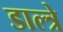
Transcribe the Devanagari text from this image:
डाल्त्रे